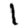
Digit: 1